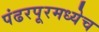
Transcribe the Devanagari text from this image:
पंढरपूरमध्येच